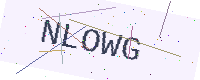
Text: NLOWG